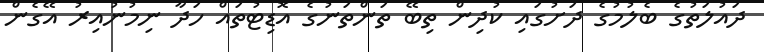
ދައުލަތުގެ ބެލުމުގެ ދަށުގައި ކުދިން ތިބޭ ތަންތަނުގެ އޮޑިޓުތައް ހަދާ ނިމުނުއިރު އޭގެން